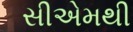
સીએમથી